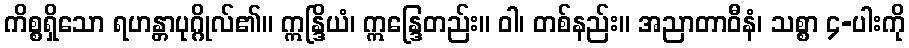
ကိစ္စရှိသော ရဟန္တာပုဂ္ဂိုလ်၏။ ဣန္ဒြိယံ၊ ဣန္ဒြေတည်း။ ဝါ၊ တစ်နည်း။ အညာတာဝီနံ၊ သစ္စာ ၄-ပါးကို